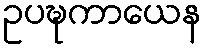
ဥပဍ္ဎကာယေန